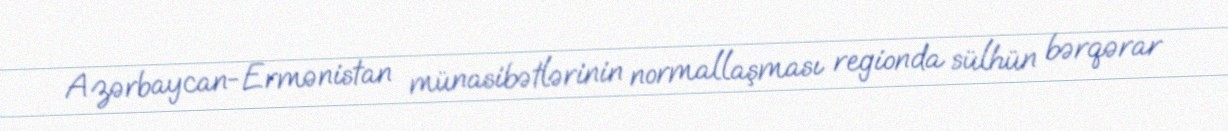
Azərbaycan-Ermənistan münasibətlərinin normallaşması regionda sülhün bərqərar